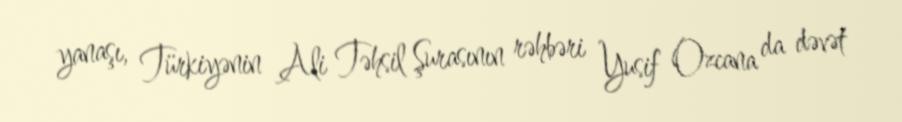
yanaşı, Türkiyənin Ali Təhsil Şurasının rəhbəri Yusif Ozcana da dəvət